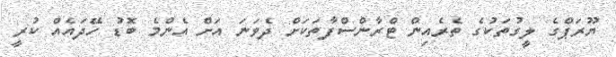
ޔޫރަޕްގެ ލީގުތަކުގެ ތެރެއިން ޓްރާންސްފާތަކަށް ދެވަނަ އަށް އެންމެ ބޮޑު ހޭދައެއް ކުރީ